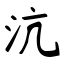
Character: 沆